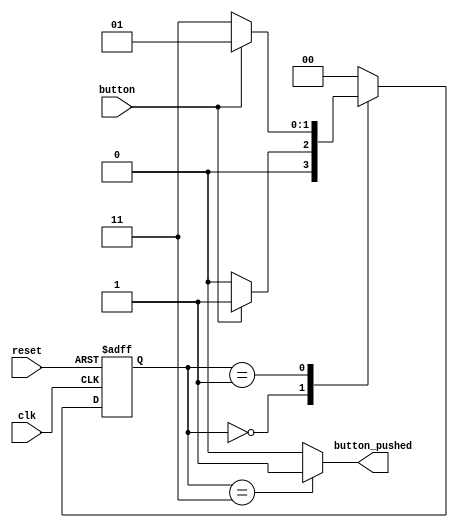
`timescale 1ns / 1ps

module button_FSM(
    input clk,
    input reset,
    input button,
	output button_pushed
    );
    
    parameter   IDLE    =   2'b00;
    parameter   ST0     =   2'b01;
    parameter   ST1     =   2'b11;
    
    reg   [1:0]     c_state ;
    reg   [1:0]     n_state ;
	
// The following describes an FSM that detect a button is pushed and released. 
// After the detection of such events, the FSM output becomes 1 for one clock cycle
// The FSM output is used as the button pushed event signal
 
 //logic to determine next state - to detect the falling edge of the push button 
    always@(*)begin
    case(c_state)
    IDLE:   if(button == 1'b1)
            n_state = ST0;
            else 
            n_state = IDLE;
    ST0:    if(button == 1'b0)
            n_state = ST1;
            else 
            n_state = ST0;
    ST1:    n_state = IDLE;   //output state
			//button_pushed = 1'b1;
    default: n_state = IDLE;      
    endcase
    end
    
  //update state registers - // FSM for State Transition
    always@(posedge clk or posedge reset)
    if(reset) c_state  <=  IDLE;
    else c_state <=  n_state;
 
  // FSM output
  assign  button_pushed = (c_state == ST1)? 1'b1  : 1'b0;  
  
endmodule